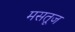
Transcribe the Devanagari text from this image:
मसतूज